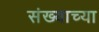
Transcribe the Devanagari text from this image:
संख्याच्या